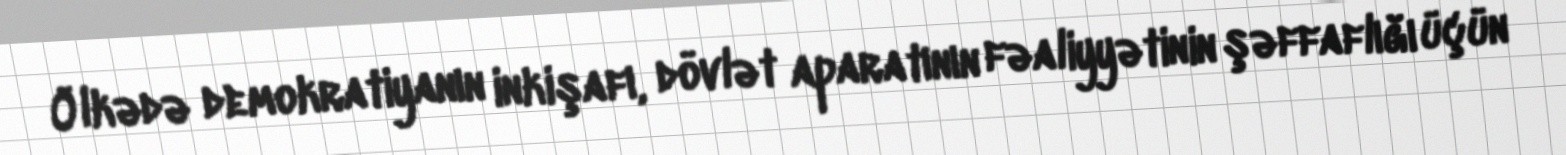
Ölkədə demokratiyanın inkişafı, dövlət aparatının fəaliyyətinin şəffaflığı üçün